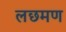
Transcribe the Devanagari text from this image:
लछमण